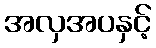
အလှအပနှင့်